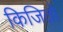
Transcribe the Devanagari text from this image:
किजितो